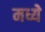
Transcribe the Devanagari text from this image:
मध्येे